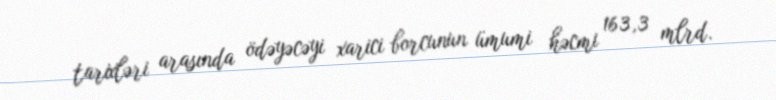
tarixləri arasında ödəyəcəyi xarici borcunun ümumi həcmi 163,3 mlrd.